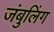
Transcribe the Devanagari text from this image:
जंबुलिंग